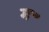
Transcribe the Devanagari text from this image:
म॰